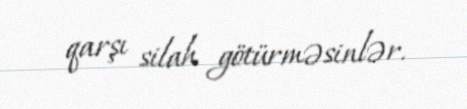
qarşı silah götürməsinlər.